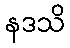
နဒသိ